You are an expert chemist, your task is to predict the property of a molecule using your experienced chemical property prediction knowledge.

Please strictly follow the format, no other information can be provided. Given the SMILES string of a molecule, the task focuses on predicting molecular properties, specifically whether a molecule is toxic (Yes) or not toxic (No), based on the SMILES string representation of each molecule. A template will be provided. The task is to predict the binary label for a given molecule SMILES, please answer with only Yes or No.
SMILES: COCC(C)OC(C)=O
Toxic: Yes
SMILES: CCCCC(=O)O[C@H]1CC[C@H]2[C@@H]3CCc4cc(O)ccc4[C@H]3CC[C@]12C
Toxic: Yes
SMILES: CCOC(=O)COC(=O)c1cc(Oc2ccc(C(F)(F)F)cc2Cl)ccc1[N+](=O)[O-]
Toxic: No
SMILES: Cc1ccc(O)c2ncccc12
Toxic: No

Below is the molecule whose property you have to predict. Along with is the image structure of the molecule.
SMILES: CCCCCCCCCCCCCCCCCC#N
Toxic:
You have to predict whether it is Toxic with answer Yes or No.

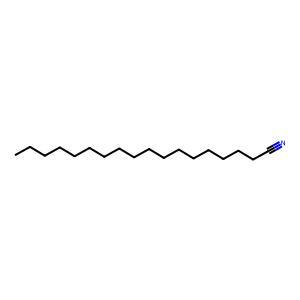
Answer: No